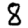
Digit: 8